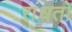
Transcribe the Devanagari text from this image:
रांधतो